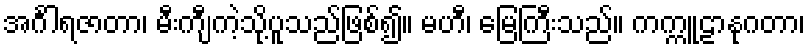
အင်္ဂါရဇာတာ၊ မီးကျီကဲ့သို့ပူသည်ဖြစ်၍။ မဟီ၊ မြေကြီးသည်။ ကက္ကူဠာနုဂတာ၊